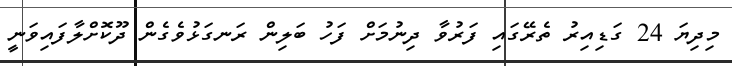
މިދިޔަ 24 ގަޑިއިރު ތެރޭގައި ފަރުވާ ދިނުމަށް ފަހު ބަލިން ރަނގަޅުވެގެން ދޫކޮށްލާފައިވަނީ